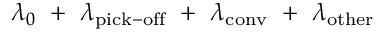
\lambda _ { 0 } ~ + ~ \lambda _ { \mathrm { p i c k - o f f } } ~ + ~ \lambda _ { \mathrm { c o n v } } ~ + ~ \lambda _ { \mathrm { o t h e r } }